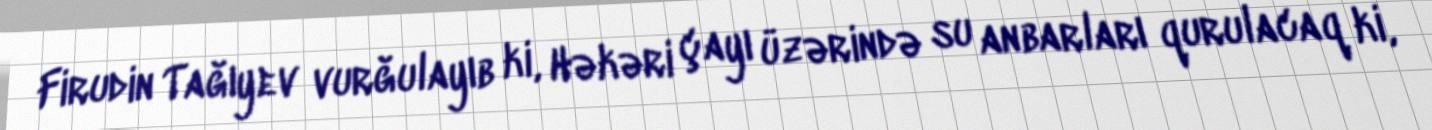
Firudin Tağıyev vurğulayıb ki, Həkəri çayı üzərində su anbarları qurulacaq ki,